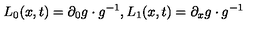
L _ { 0 } ( x , t ) = \partial _ { 0 } g \cdot g ^ { - 1 } , L _ { 1 } ( x , t ) = \partial _ { x } g \cdot g ^ { - 1 }